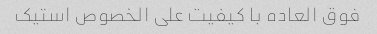
فوق العاده با کیفیت علی الخصوص استیک